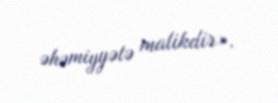
əhəmiyyətə malikdir».